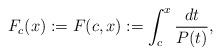
LaTeX: \begin{align*}F_c(x):=F(c,x):=\int^{x}_{c}\frac{dt}{P(t)},\end{align*}